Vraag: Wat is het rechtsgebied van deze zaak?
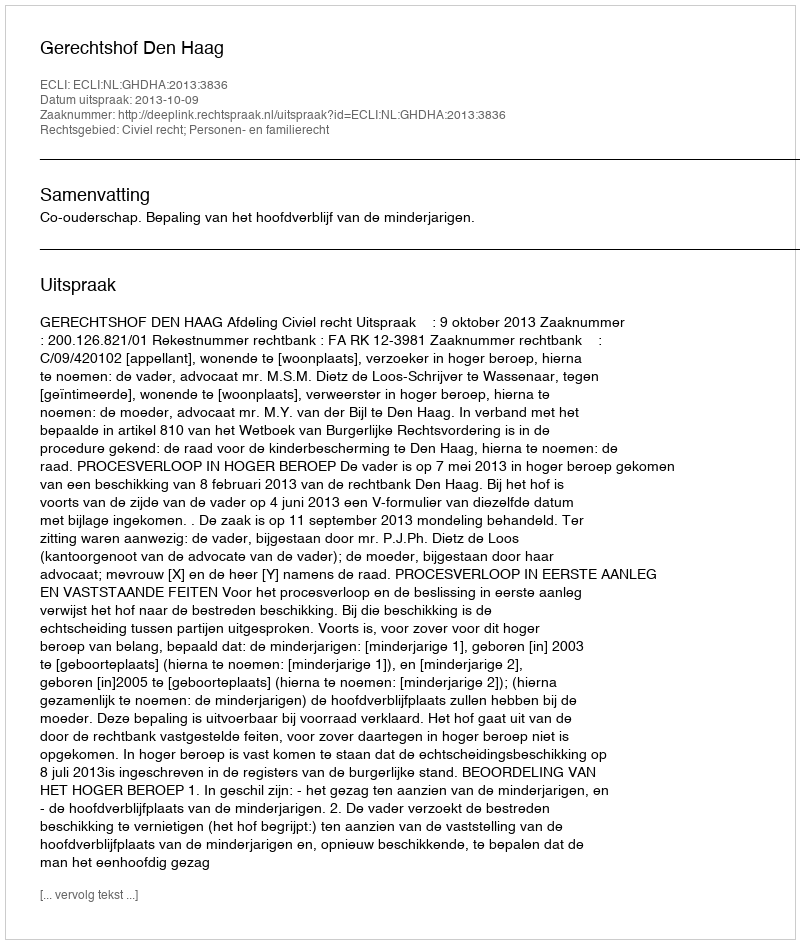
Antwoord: Civiel recht; Personen- en familierecht